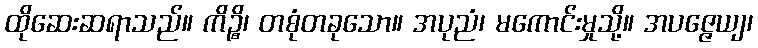
ထိုဆေးဆရာသည်။ ကိဉ္စိ၊ တစုံတခုသော။ အပုညံ၊ မကောင်းမှုသို့။ အပဇ္ဇေယျ၊